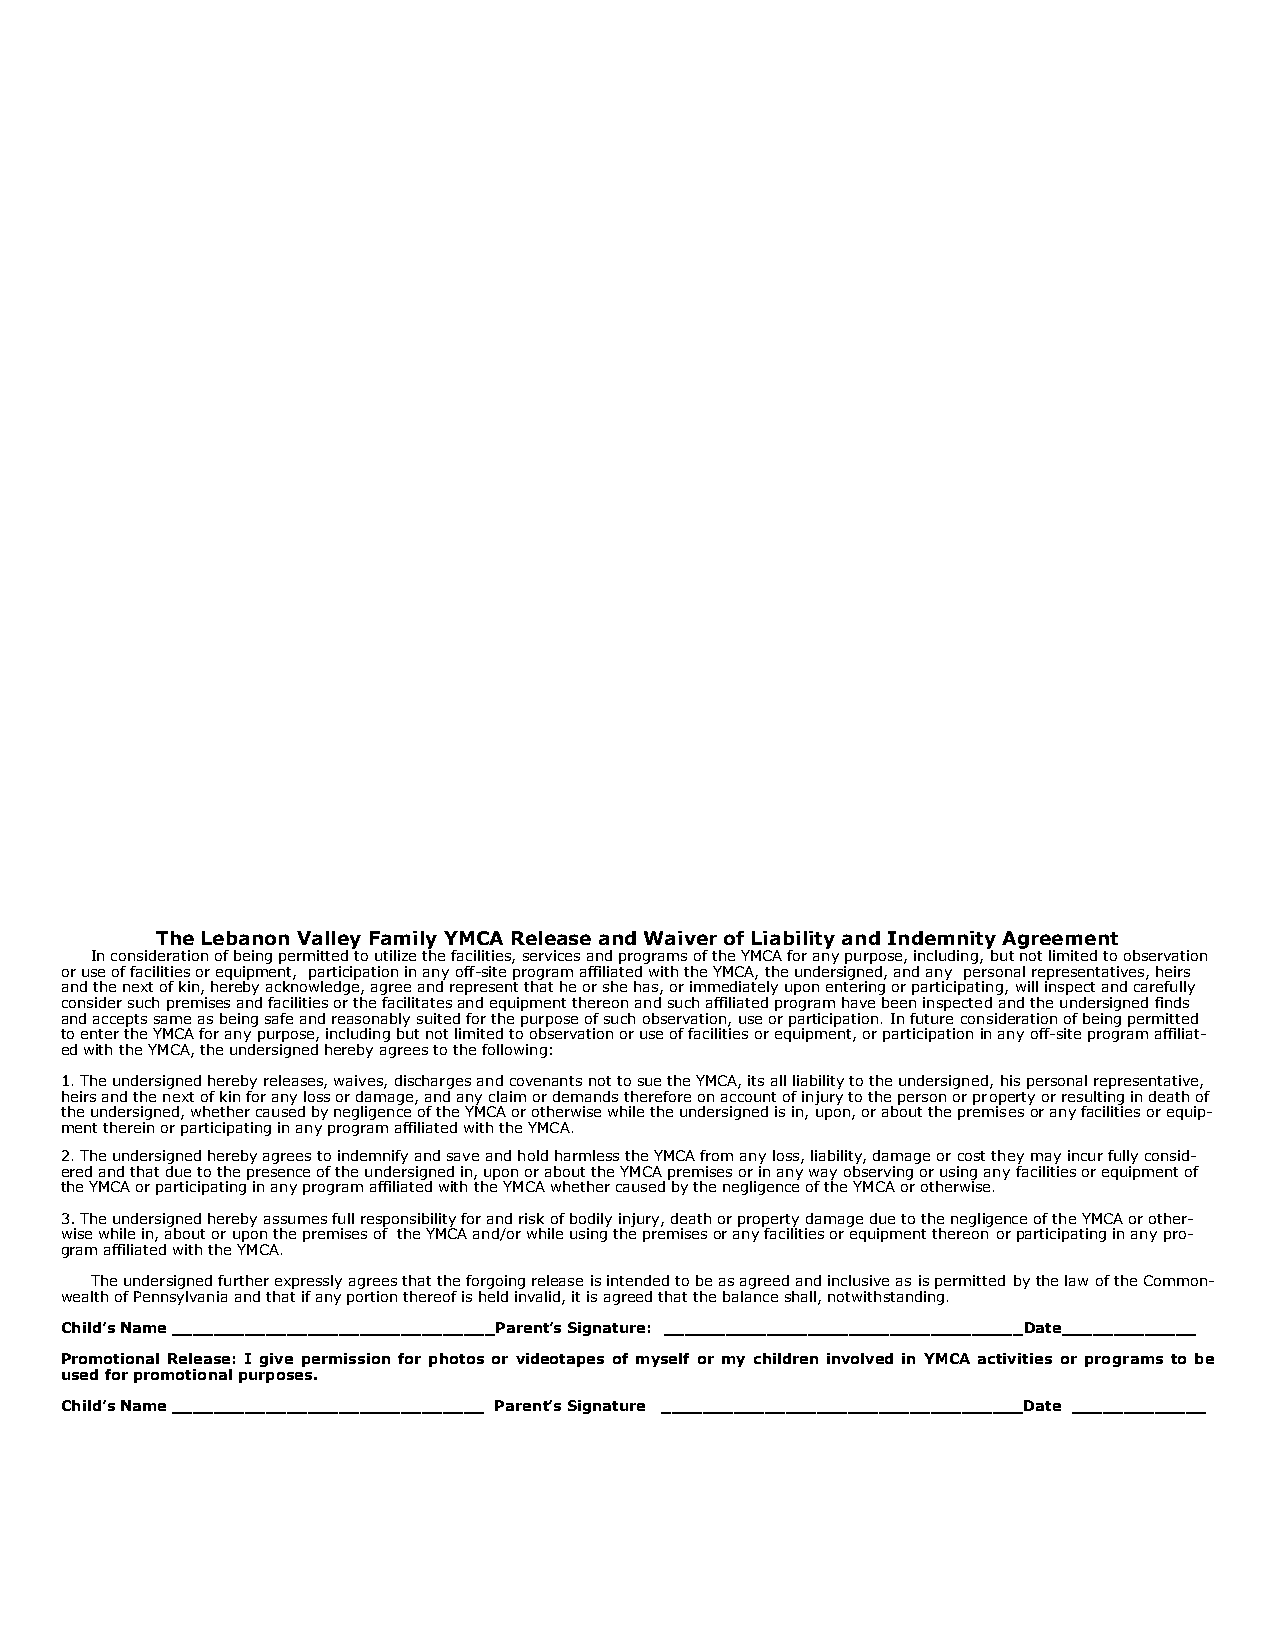
The Lebanon Valley Family YMCA Release and Waiver of Liability and Indemnity Agreement
 In consideration of being permitted to utilize the facilities, services and programs of the YMCA for any purpose, including, but not limited to observation
 or use of facilities or equipment, participation in any off-site program affiliated with the YMCA, the undersigned, and any personal representatives, heirs
 and the next of kin, hereby acknowledge, agree and represent that he or she has, or immediately upon entering or participating, will inspect and carefully
 consider such premises and facilities or the facilitates and equipment thereon and such affiliated program have been inspected and the undersigned finds
 and accepts same as being safe and reasonably suited for the purpose of such observation, use or participation. In future consideration of being permitted
 to enter the YMCA for any purpose, including but not limited to observation or use of facilities or equipment, or participation in any off-site program affiliat-
 ed with the YMCA, the undersigned hereby agrees to the following:
 1. The undersigned hereby releases, waives, discharges and covenants not to sue the YMCA, its all liability to the undersigned, his personal representative,
 heirs and the next of kin for any loss or damage, and any claim or demands therefore on account of injury to the person or property or resulting in death of
 the undersigned, whether caused by negligence of the YMCA or otherwise while the undersigned is in, upon, or about the premises or any facilities or equip-
 ment therein or participating in any program affiliated with the YMCA.
 2. The undersigned hereby agrees to indemnify and save and hold harmless the YMCA from any loss, liability, damage or cost they may incur fully consid-
 ered and that due to the presence of the undersigned in, upon or about the YMCA premises or in any way observing or using any facilities or equipment of
 the YMCA or participating in any program affiliated with the YMCA whether caused by the negligence of the YMCA or otherwise.
 3. The undersigned hereby assumes full responsibility for and risk of bodily injury, death or property damage due to the negligence of the YMCA or other-
 wise while in, about or upon the premises of the YMCA and/or while using the premises or any facilities or equipment thereon or participating in any pro-
 gram affiliated with the YMCA.
 The undersigned further expressly agrees that the forgoing release is intended to be as agreed and inclusive as is permitted by the law of the Common-
 wealth of Pennsylvania and that if any portion thereof is held invalid, it is agreed that the balance shall, notwithstanding.
 Child’s Name _______________________________Parent’s Signature: ___________________________________ Date_____________
 Promotional Release: I give permission for photos or videotapes of myself or my children involved in YMCA activities or programs to be
 used for promotional purposes.
 Child’s Name ______________________________ Parent’s Signature ___________________________________Date _____________